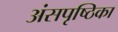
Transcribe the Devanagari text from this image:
अंसपृष्ठिका